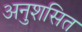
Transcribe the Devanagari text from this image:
अनुशसित